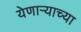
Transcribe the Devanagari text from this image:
येणार्‍याच्या